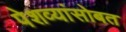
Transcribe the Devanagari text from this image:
पेशव्यांसोबत